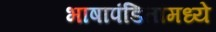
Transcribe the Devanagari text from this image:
भाषापंडितांमध्ये